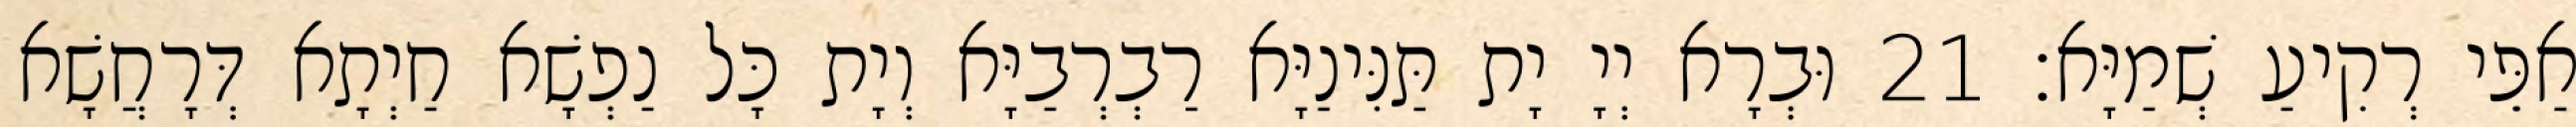
אַפֵּי רְקִיעַ שְׁמַיָּא׃ 21 וּבְרָא יְיָ יָת תַּנִּינַיָּא רַבְרְבַיָּא וְיָת כָּל נַפְשָׁא חַיְתָא דְּרָחֲשָׁא